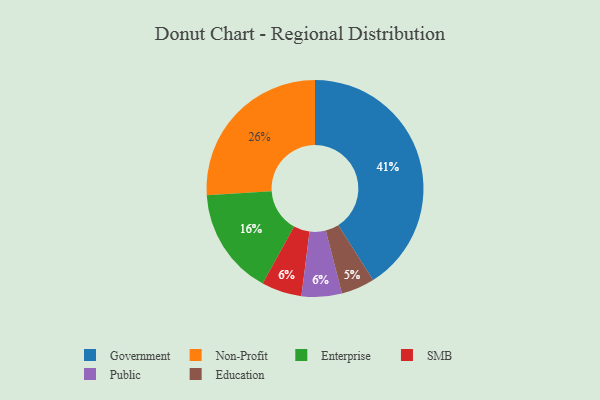
{"axis": {"x": "Category", "y": "Percentage"}, "legend": ["Education", "Enterprise", "Government", "Non-Profit", "Public", "SMB"], "data": [{"x": "Enterprise", "y": 16, "type": "Enterprise"}, {"x": "SMB", "y": 6, "type": "SMB"}, {"x": "Public", "y": 6, "type": "Public"}, {"x": "Non-Profit", "y": 26, "type": "Non-Profit"}, {"x": "Education", "y": 5, "type": "Education"}, {"x": "Government", "y": 41, "type": "Government"}]}